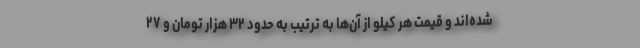
شده‌اند و قیمت هر کیلو از آن‌ها به ترتیب به حدود ۳۲ هزار تومان و ۲۷